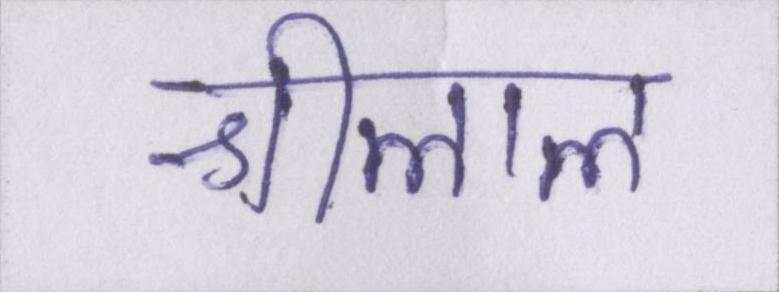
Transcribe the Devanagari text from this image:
श्रीलाल